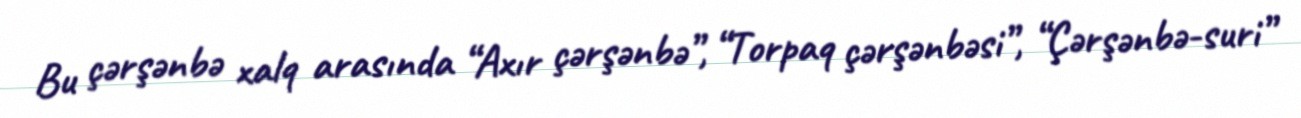
Bu çərşənbə xalq arasında “Axır çərşənbə”, “Torpaq çərşənbəsi”, “Çərşənbə-suri”